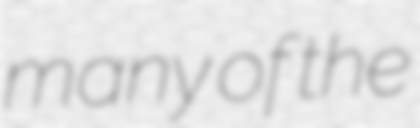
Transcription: many of the